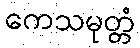
ကေသမုတ္တံ